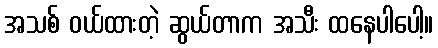
အသစ် ဝယ်ထားတဲ့ ဆွယ်တာက အသီး ထနေပါပေါ့။